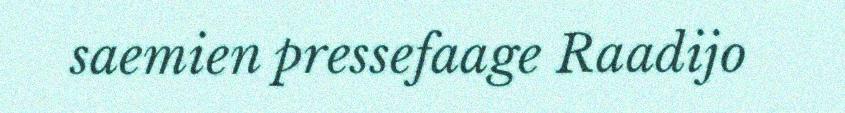
saemien pressefaage Raadijo